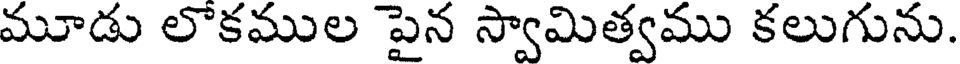
మూడు లొకముల పైన స్వామిత్వము కలుగును.